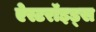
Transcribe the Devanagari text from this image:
ऐस्टरॉइड्स